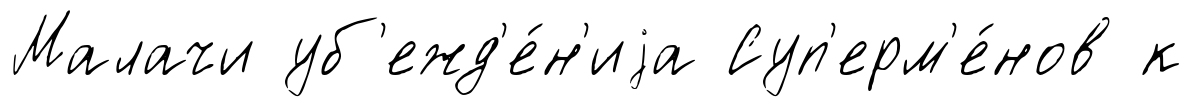
Малачи уб'ежд'е́н'иjа Суп'ерм'е́нов к